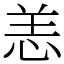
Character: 恙